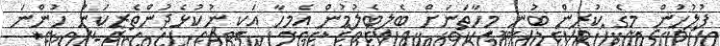
ފުލުހުން މީގެ ކުރިން ބުނީ މިހާތަނަށް ބެލިބެލުމުން އެމީހާ އަކީ ނުކުޅެދުންތެރިކަން ހުންނަ